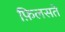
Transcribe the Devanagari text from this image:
फ़िलसते